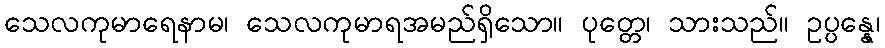
သေလကုမာရေနာမ၊ သေလကုမာရအမည်ရှိသော။ ပုတ္တေ၊ သားသည်။ ဥပ္ပန္နေ၊